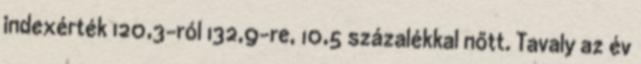
indexérték 120,3-ról 132,9-re, 10,5 százalékkal nőtt. Tavaly az év